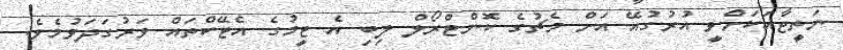
ނަތީޖާއަކަށްވީ އުރުގުއޭ އަށް މެޗުގެ ކޮންޓްރޯލް ލިބި އެ ޓީމުގެ އެޓޭކްތައް ވަރުގަދަވުމެވެ.